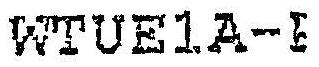
WTUE1A-I